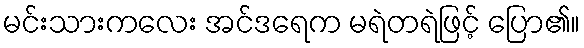
မင်းသားကလေး အင်ဒရေက မရဲတရဲဖြင့် ပြော၏။